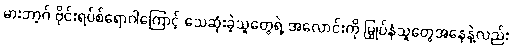
မားဘာ့ဂ် ဗိုင်းရပ်စ်ရောဂါကြောင့် သေဆုံးခဲ့သူတွေရဲ့ အလောင်းကို မြှုပ်နှံသူတွေအနေနဲ့လည်း